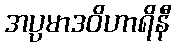
အပ္ပမာဒဝိဟာရိနီ